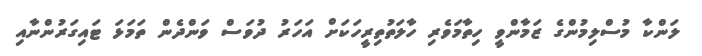
ލަންކާ މުސްލިމުންގެ ޒަމާންވީ ހިތާމަވެރި ހާލަތުތިރީހަކަށްް އަހަރު ދުވަސް ވަންދެން ތަމަޅަ ޓައިގަރުންނާއި